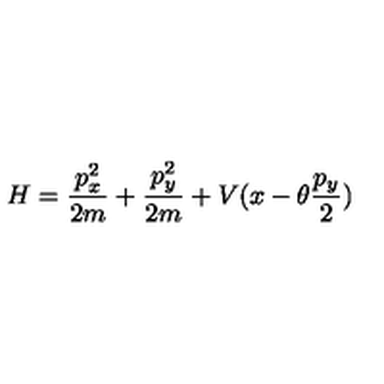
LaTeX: H = \frac { p _ { x } ^ { 2 } } { 2 m } + \frac { p _ { y } ^ { 2 } } { 2 m } + V ( x - \theta \frac { p _ { y } } { 2 } )